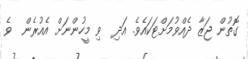
ގޮތުން ޖަޒާ ދެއްވުމަށްޓަކައެވެ. އަދި  ވި މީހުންނަށް އެއުރެން  ވެ